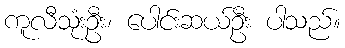
ကူလီသုံးဦး၊ ပေါင်းဆယ်ဦး ပါသည်။